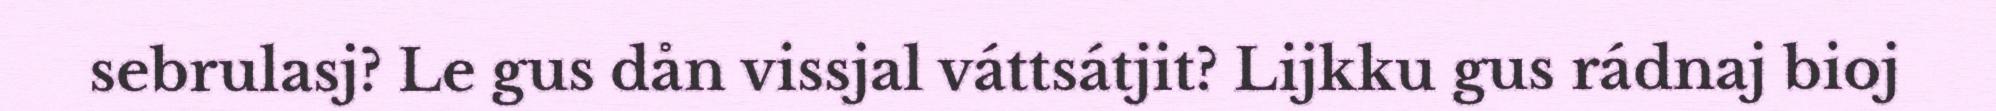
sebrulasj? Le gus dån vissjal váttsátjit? Lijkku gus rádnaj bioj